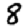
Digit: 8